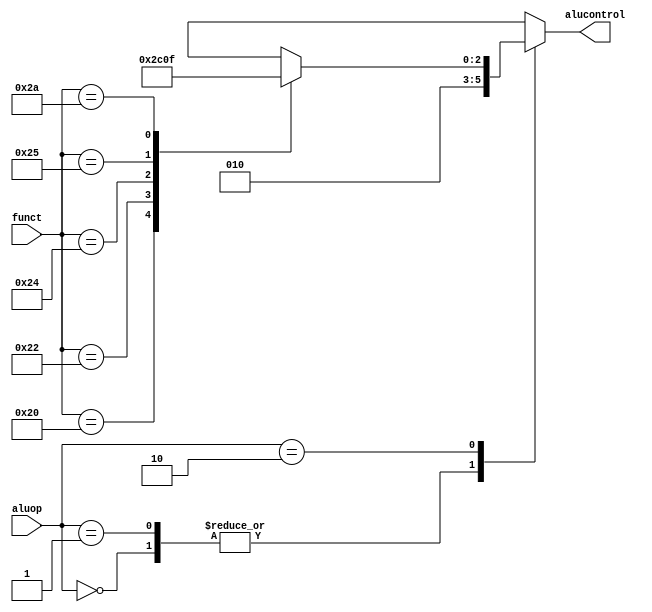
module aludec(input      [5:0] funct,
              input      [1:0] aluop,
              output reg [2:0] alucontrol);

    always @( * )
    case(aluop)
      3'b000: alucontrol <= 3'b010;  // add
      3'b001: alucontrol <= 3'b010;  // sub
      // RTYPE instruction use the 6-bit funct field of instruction to specify ALU operation
      3'b010: case(funct)           
          6'b100000: alucontrol <= 3'b010; // ADD
          6'b100010: alucontrol <= 3'b110; // SUB
          6'b100100: alucontrol <= 3'b000; // AND
          6'b100101: alucontrol <= 3'b001; // OR
          6'b101010: alucontrol <= 3'b111; // SLT
          default:   alucontrol <= 3'bxxx; // ???
        endcase
		default: alucontrol <= 3'bxxx; // ???
    endcase
endmodule